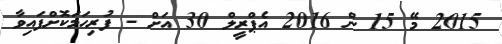
2015 މޭ 15 ން 2016 އެޕްރީލް 30 އަށް - ފުރިހަމަކޮށްފައިވާ